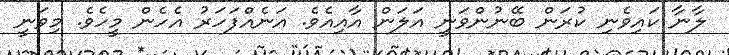
ލާނާ ކައިވެނި ކުރަން ބޭނުންވަނީ އަލަން އާއިއެވެ. އަނެއްފަހަރު އެހެން މީހެވެ. މިވަނީ